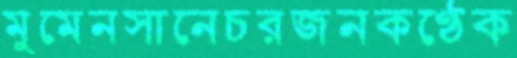
মুমেনসানেচরজনকণ্ঠেক